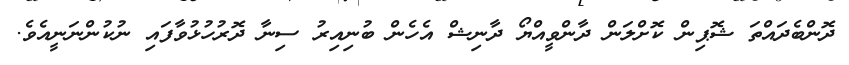
ދޮންބެދައްތަ ޝޮޕިން ކޮށްލަން ދާންވީއްޔޯ ދާނިޝް އެހެން ބުނިއިރު ސިނާ ދޮރުހުޅުވާފައި ނުކުންނަނީއެވެ.